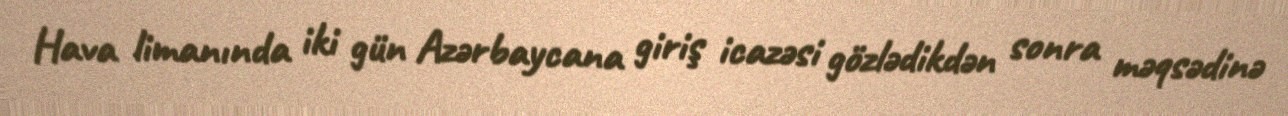
Hava limanında iki gün Azərbaycana giriş icazəsi gözlədikdən sonra məqsədinə